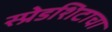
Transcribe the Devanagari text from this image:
स्प्रेडशिटाचा